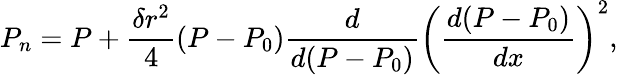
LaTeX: P_{n}=P+\frac{\delta r^{2}}{4}(P-P_{0})\frac{d}{d(P-P_{0})}{\left(\frac{d(P-P_{0})}{dx}\right)}^{2},